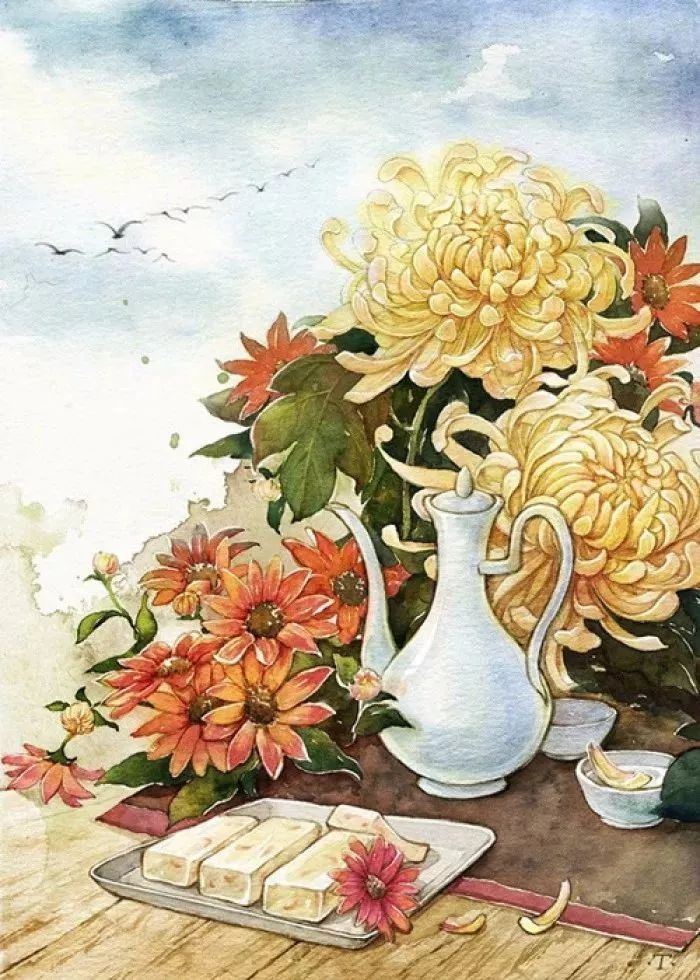
九日黄花酒，登高会昔闻。